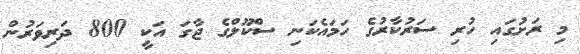
މި ރަށުގައި ހުރި ސަރުކާރުގެ ހަމައެކަނި ސްކޫލްގެ ޖާގަ އަކީ 800 ދަރިވަރުން